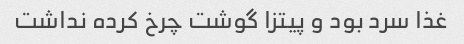
غذا سرد بود و پیتزا گوشت چرخ کرده نداشت